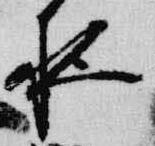
夜